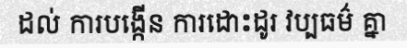
ដល់ ការបង្កើន ការដោះដូរ វប្បធម៌ គ្នា